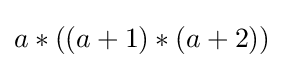
a*((a+1)*(a+2))